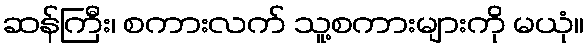
ဆန်ကြီး၊ စကားလက် သူ့စကားများကို မယုံ။